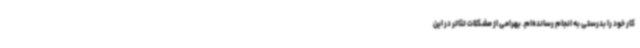
کار خود را بدرستی به انجام رسانده‌ام. بهرامی از مشکلات تئاتر در این